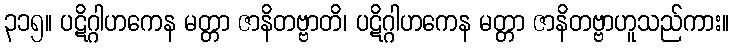
၃၁၅။ ပဋိဂ္ဂါဟကေန မတ္တာ ဇာနိတဗ္ဗာတိ၊ ပဋိဂ္ဂါဟကေန မတ္တာ ဇာနိတဗ္ဗာဟူသည်ကား။